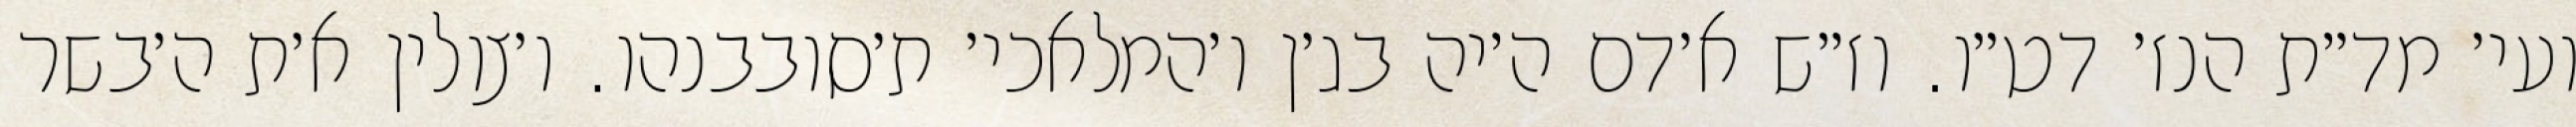
ועי׳ מד״ת הנז׳ דט״ו. וז״ש א׳דם ה׳יה בג׳ן ו׳המלאכי׳ ת׳סובבנהו. ו׳צולין א׳ת ה׳בשר